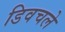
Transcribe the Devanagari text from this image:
डिवचले